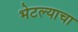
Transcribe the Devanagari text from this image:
भेटल्याचा